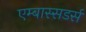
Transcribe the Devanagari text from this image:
एम्बास्सडर्स